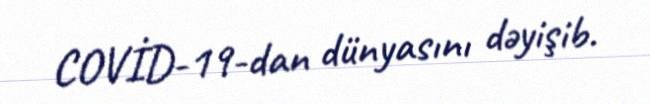
COVİD-19-dan dünyasını dəyişib.